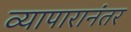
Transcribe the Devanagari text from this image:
व्यापारानंतर